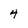
Character: 4